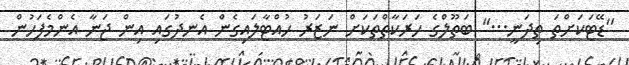
''ޑޭޓަކަށްތަ ތިދަނީ...'' ބަތޫލްގެ ހަރަކާތްތަކަށް ނަޒަރު ހުއްޓާލައިގެން އެނދުގައި އިން ޖަނާ އެންމެފަހުން